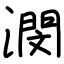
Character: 潣